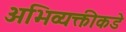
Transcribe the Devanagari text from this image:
अभिव्यक्तीकडे